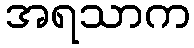
အရသာက